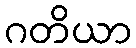
ဂတိယာ